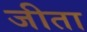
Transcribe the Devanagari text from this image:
जीता